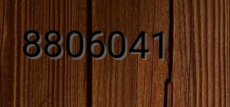
8806041